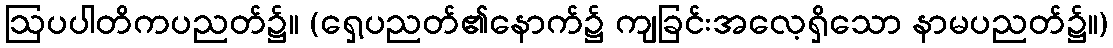
ဩပပါတိကပညတ်၌။ (ရှေ့ပညတ်၏နောက်၌ ကျခြင်းအလေ့ရှိသော နာမပညတ်၌။)